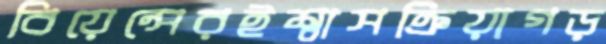
বিয়েন্সেরইশ্বাসক্রিয়াগড়